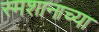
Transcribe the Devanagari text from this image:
स्मशानाच्या